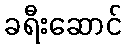
ခရီးဆောင်